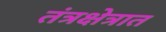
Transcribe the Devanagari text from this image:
तंत्रक्षेत्रात